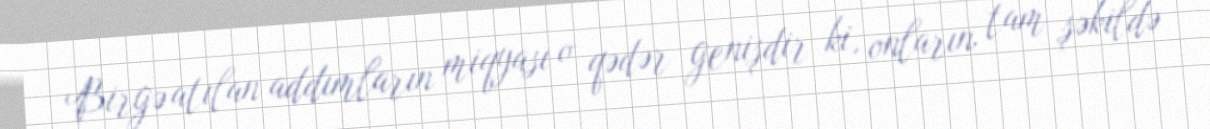
Birgə atılan addımların miqyası o qədər genişdir ki, onların tam şəkildə